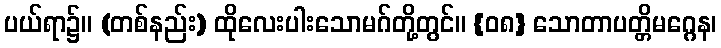
ပယ်ရာ၌။ (တစ်နည်း) ထိုလေးပါးသောမဂ်တို့တွင်။ {၀၈} သောတာပတ္တိမဂ္ဂေန၊